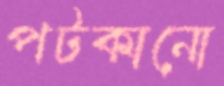
পটকানো